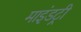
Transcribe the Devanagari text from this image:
माइंडट्री